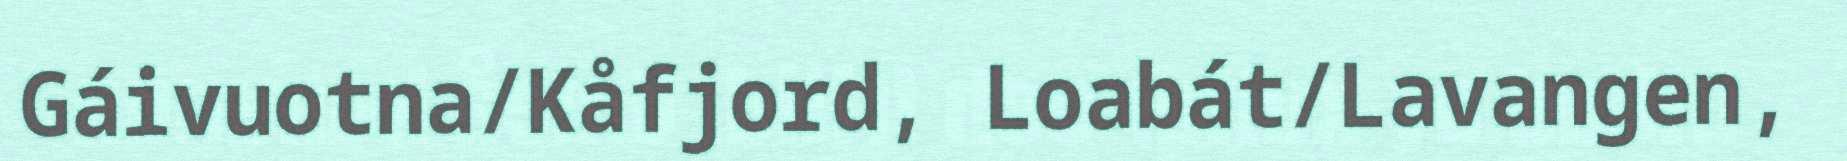
Gáivuotna/Kåfjord, Loabát/Lavangen,